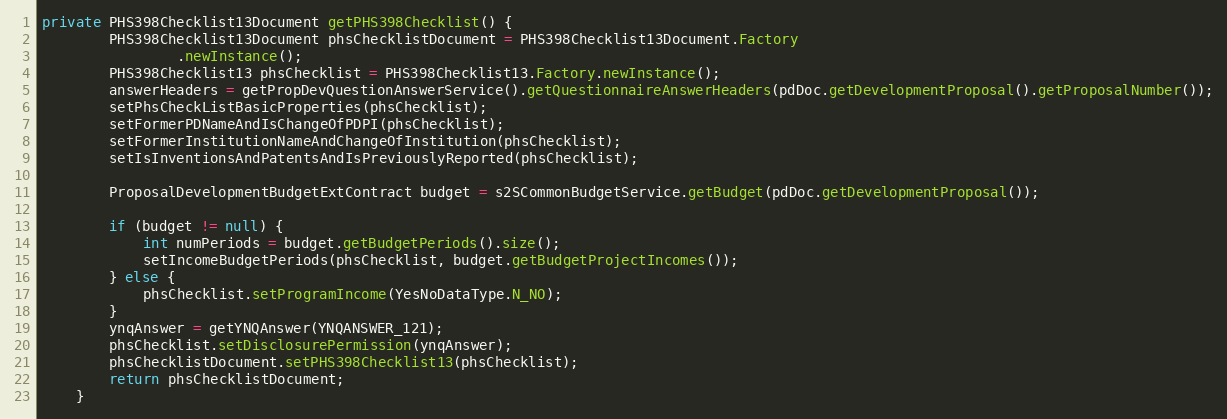
Language: Java
private PHS398Checklist13Document getPHS398Checklist() {
		PHS398Checklist13Document phsChecklistDocument = PHS398Checklist13Document.Factory
				.newInstance();
		PHS398Checklist13 phsChecklist = PHS398Checklist13.Factory.newInstance();
		answerHeaders = getPropDevQuestionAnswerService().getQuestionnaireAnswerHeaders(pdDoc.getDevelopmentProposal().getProposalNumber());
		setPhsCheckListBasicProperties(phsChecklist);
		setFormerPDNameAndIsChangeOfPDPI(phsChecklist);
		setFormerInstitutionNameAndChangeOfInstitution(phsChecklist);
		setIsInventionsAndPatentsAndIsPreviouslyReported(phsChecklist);

        ProposalDevelopmentBudgetExtContract budget = s2SCommonBudgetService.getBudget(pdDoc.getDevelopmentProposal());

		if (budget != null) {
			int numPeriods = budget.getBudgetPeriods().size();
			setIncomeBudgetPeriods(phsChecklist, budget.getBudgetProjectIncomes());
		} else {
			phsChecklist.setProgramIncome(YesNoDataType.N_NO);
		}
		ynqAnswer = getYNQAnswer(YNQANSWER_121);
		phsChecklist.setDisclosurePermission(ynqAnswer);
		phsChecklistDocument.setPHS398Checklist13(phsChecklist);
		return phsChecklistDocument;
	}